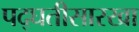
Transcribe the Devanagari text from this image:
पद्घतीसारखा